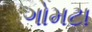
ગોમટા